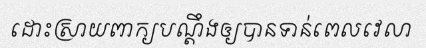
ដោះស្រាយពាក្យបណ្តឹងឲ្យបានទាន់ពេលវេលា